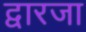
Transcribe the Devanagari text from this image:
द्वारजा